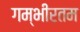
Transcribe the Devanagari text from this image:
गम्भीरतम